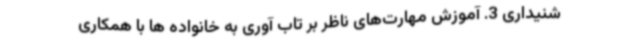
شنیداری 3. آموزش مهارت‌های ناظر بر تاب آوری به خانواده ها با همکاری